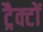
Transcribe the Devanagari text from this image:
ट्रैक्टों